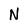
Character: N